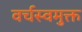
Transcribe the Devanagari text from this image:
वर्चस्वमुक्त